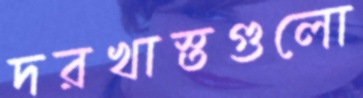
দরখাস্তগুলো